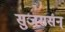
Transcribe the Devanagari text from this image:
सुजससन्